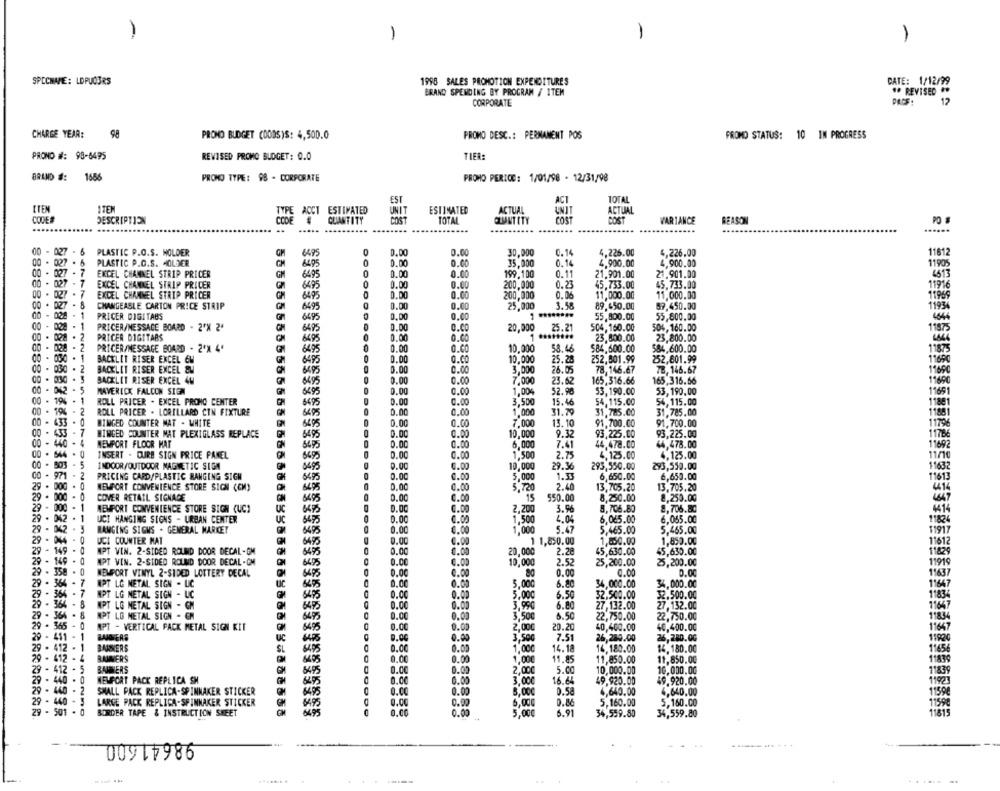
-
1
1
1
SPECNAME: LDPUQ3RS
1998 SALES PROMOTION EXPENDITURES
DATE: 1/12/99
BRAND SPENDING BY PROGRAM / ITEM
#* REVISED **
CORPORATE
12
CHARGE YEAR:
98
PROMO DESC .: PERNAMENT POS
PRONO BUDGET (OODS)S: 4,500.0
PROMO STATUS: 10 IN PROGRESS
PROND #: 98-6495
REVISED PROMO BLOGET: 0.0
TIFR:
BRAND :
1686
PRONO TYPE: 98 - CORPORATE
PROMO PERICE: 1/01/98 - 12/31/98
TOTAL
EST
ETEN
ITEM
TYPE ACCT ESTIMATED
UNIT
ESTIMATED
ACTUAL
ONIT
ACTUAL
CODES
DESCRIPTION
CODE
QUANTITY
TOTAL
COUNT ITY
COS
COST
VARIANCE
REASON
PO S
......
.... ....
.....
00 - 027 - 6
PLASTIC P.O.S. HOLDER
64.95
0.00
0.00
30.000
0.14
4,226.00
4,226.00
11812
00 . 027
PLASTIC P.O.S. HOLDER
0.00
35.000
0.14
4,900.00
4.900.00
6495
0.00
11905
00 - 027 - 7
EXCEL CHANNEL STRIP PRICER
GM
6499
0.00
0.00
199,100
0.11
21.901.00
21.901.00
4513
00 - 027 -
EXCEL CHANNEL STRIP PRICER
6495
0
0.00
0.00
200,000
0.23
45.733.00
45.733.00
11916
. 7
EXCEL CHANNEL STRIP PRICER
0.DO
0.00
200,000
0.06
11,000.00
11,000.00
00 - 027 -
6495
00 - 07 - 8
CHANGEASLE CARTON PRICE STRIP
6495
0.00
0.00
25,000
3.58
89.450.00
59,450.00
028 - 1
PRICER DIGITAUS
6495
0.00
0.00
55,800.00
55,600.00
00 - 028
PRICER/MESSAGE BOARD - 2'% 2'
6495
0.00
O.CO
20,000
25.21
504,160.00
506,160.00
. 2
PRICER DIGTTABS
6695
0.00
0.CO
23,800.00
23,800.00
00 - 028
.
PRICER/MESSAGE BOARD . 2'X 4'
6495
0.00
@.CO
10.000
58.46
$84,600.00
$84,600.00
BACKLIT RISER EXCEL 6M
6495
0.00
0.CO
10,000
25.20
252,801.99
252,801.99
BACKLIT RISER EXCEL &M
6495
O
0.00
0.00
3,00€
26.05
78,146.67
7B, 146.67
BACKLIT RISER EXCEL 4W
649
0.00
0.00
7,000
23.62
165,316.66
165,316.66
0.00
00 - 042 - 5
MAVERICK FALCON SIGN
6495
0.00
1,004
52.98
53,190.00
53,190.00
00 - 194 -
ROLL PRICER . EXCEL PRONO CENTER
6495
0.00
0.00
3,500
15.46
54,115.00
54,115.00
00 - 194 - 2
ROLL PRICER . LORILLARD CIN FIXTURE
0.00
1,000
31.79
31.785.00
31,785.00
00 - 633 -0
BIMGED COUNTER MAT - WHITE
6695
0.00
0.00
7,000
13.10
91,700.00
91.700.00
00 - 433-
WINGED COUNTER MAT PLEXIGLASS REPLACE
6495
0.00
0.00
10,000
9.32
93,225.00
93,225.00
00 - 440 - 4
MEMPORT FLOOR HAT
0.00
0.00
6,000
7.41
44,478.Co
44,478.00
00 . 544.0
INSERT . CURE SIGN PRICE PANEL
695
0.00
0.00
1,500
2.75
4,125.00
4,125.00
00 - 503 - 5
INDOOR/OUTDOOR MAGNETIC SIGN
8495
0.00
0.00
10.000
29.36
295,550.00
293,550.00
00 - 971 - 2
PRICING CARD/PLASTIC HANGING SIGH
0.00
0.00
1.5
6,650.00
6,650.00
8495
5,000
29 . 000 . 0
NEWPORT CONVENIENCE STORE SICH (CM)
6495
0.00
0.00
5,720
2.40
13,705.20
13,705.20
29 . 000 - 0
COVER RETAIL SIGNAGE
6495
0.00
0.00
15
550.00
8,250.00
8,250.00
29 - 000 - 1
3.06
MEMPORT CONVENIENCE STORE SIGN (UCI
6495
0.00
0.00
2.200
8,706.80
8,706.80
29
042 . 1
888N
UCT HANGING SIGNS - URBAN CENTER
0.00
0.00
1.500
6.065.00
6,065.00
29
RANGING SIGNS . GENERAL MARKET
6495
0.00
0.00
1,000
5.47
5,465.00
5.465.00
1191
29
UCI COUNTER MAT
6495
0.00
6.00
1 1,850.00
1,850.00
1,850.00
11612
29
149 . 0
MPT VIN. 2-SIDED ROUND DOOR DECAL-GM
645
0.00
6.00
20,000
2.28
45,630.00
45,630.00
149 . 0
MPT VIN. 2-SIDED ROUND DOOR DECAL-CM
0.00
6.00
10,000
2.52
25,200.00
25,200.00
1191
20
358
64 75
NEWPORT VINYL 2-SIDED LOTTERY DECAL
0.00
0.00
0.00
0.00
0.00
7
MPT LG NETAL SIGN - LIC
645
0.CC
0.00
5.000
6.80
34,000.00
34,000.00
11647
MPT LG METAL SIGN - UC
D.CC
5.000
20
6.50
32,500.00
32.500.00
MPT LG METAL SIGN - GM
0.00
0.00
3.990
6.80
27,132.00
27,132.00
29
MPT LG METAL SIGN - CM
D.CC
0.00
3.500
6.50
22,750.00
22,750.00
29 - 365 - 0
0.00
0.00
2.000
20.20
40,400.00
MPT - VERTICAL PACK METAL SIGN KIT
40,400.00
29 - 411 - 1 RAIDERS
UC
0.00
3,500
7.51
26,280.00
26,280.00
29 - 412 - 1
BANNERS
0.CC
0.00
1,00€
14.18
16,180.00
14.180.00
29 - 412 - 4
BAMMER'S
0.00
0.00
1165
1,000
11.85
11,850.00
11,850.00
11839
29 - 412 - 5
BAISERS
0.00
2,000
5.00
10,000.00
10.000.00
1839
29 - 440 . 0
MEMFORT PACK REPLICA SM
GH
0.00
0.00
3.000
16.64
49,920.00
49.920.00
11923
29
- 2
SMALL PACK REPLICA-SPINNAKER STICKER
0.00
0.00
5.000
0.58
4,640.00
4,640.00
29
- 440 - 3
LARGE PACK REPLICA-SPINNAKER STICKER
0.00
0.90
6,000
0.86
5,160.00
5,160.00
29 - 501
BORDER TAPE & INSTRUCTION SWEET
55555555555555588888888888888888888888
O.CC
0.00
6.91
5,000
34,559.80
34,559.80
00917986
---
....... . .
----
.......